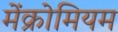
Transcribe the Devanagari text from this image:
मेंक्रोमियम